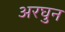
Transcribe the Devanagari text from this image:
अरघुन